Scottish Leaving Certificate Examination, 1956
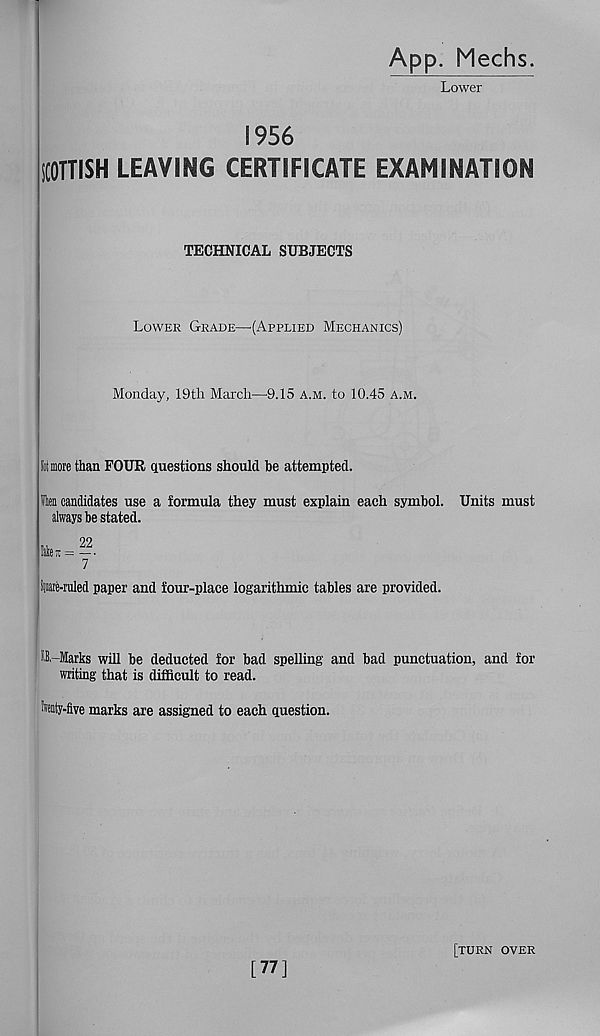
App. Mechs.
Lower
1956
SCOTTISH LEAVING CERTIFICATE EXAMINATION
TECHNICAL SUBJECTS
Lower Grade—'(Applied Mechanics)
Monday, 19th March—9.15 a.m. to 10.45 a.m.
II more than FOUR questions should be attempted.
len candidates use a formula they must explain each symbol. Units must
always be stated.
imare-ruled paper and four-place logarithmic tables are provided.
tt-Marks will be deducted for bad spelling and bad punctuation, and for
writing that is difficult to read.
taty-flve marks are assigned to each question.
[77]
[turn over